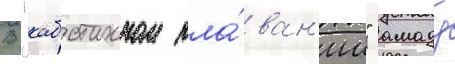
В "каботажном пла́ван'ии" амаду